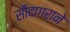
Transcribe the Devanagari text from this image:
सौदागराने